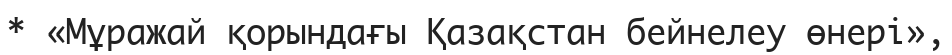
* «Мұражай қорындағы Қазақстан бейнелеу өнері»,